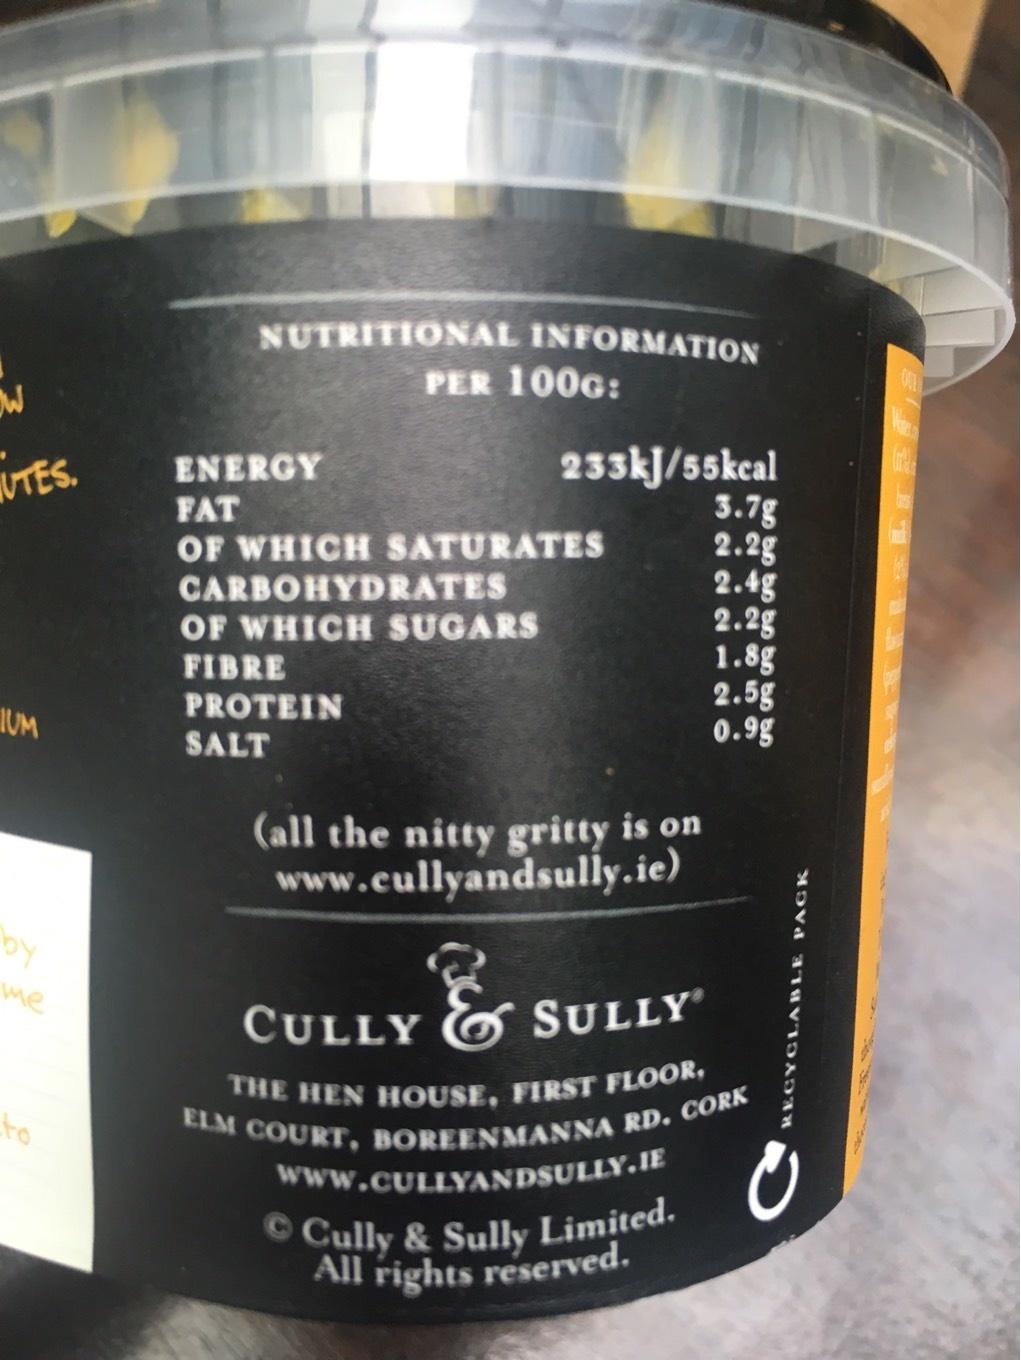
OW
UTES.
IUM
by
me
to
NUTRITIONAL INFORMATION PER 100G:
ENERGY
FAT
OF WHICH SATURATES
233kJ/55kcal 3.7g
2.2g
2.4g
2.2g
1.8g
2.5g 0.98
CARBOHYDRATES
OF WHICH SUGARS
FIBRE
PROTEIN
SALT
(all the nitty gritty is on www.cullyandsully.ie)
MORE THAN
CULLY & SULLY® THE HEN HOUSE, FIRST FLOOR, ELM COURT, BOREENMANNA RD. CORK
www.CULLYANDSULLY.JE
Ů
© Cully & Sully Limited. All rights reserved.